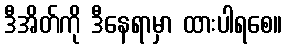
ဒီအိတ်ကို ဒီနေရာမှာ ထားပါရစေ။